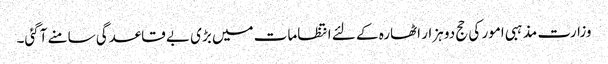
وزارت مذہبی امور کی حج دو ہزار اٹھارہ کے لئے انتظامات میں بڑی بے قاعدگی سامنے آگئی۔